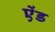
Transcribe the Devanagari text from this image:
एेंड